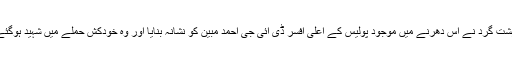
دہشت گرد نے اس دھرنے میں موجود پولیس کے اعلیٰ افسر ڈی آئی جی احمد مبین کو نشانہ بنایا اور وہ خودکش حملے میں شہید ہوگئے۔